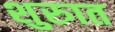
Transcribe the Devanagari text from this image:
शुरुात